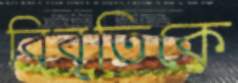
বিবৃতিকে